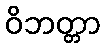
ဝိဘတ္တာ